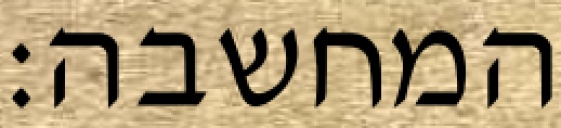
המחשבה: